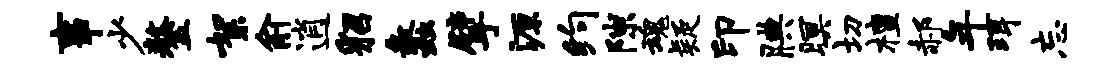
事少鏊絮俞逍貂蠡擘源约隙魂疑印腆暝切檀郝年珥忘